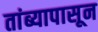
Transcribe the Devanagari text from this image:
तांब्यापासून